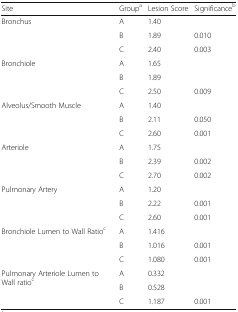
| Site | Groupa | Lesion Score | Significanceb |
 | --- | --- | --- | --- |
 | <ROWSPAN=3> Bronchus | A | 1.40 |  |
 | B | 1.89 | 0.010 |
 | C | 2.40 | 0.003 |
 | <ROWSPAN=3> Bronchiole | A | 1.65 |  |
 | B | 1.89 |  |
 | C | 2.50 | 0.009 |
 | <ROWSPAN=3> Alveolus/Smooth Muscle | A | 1.40 |  |
 | B | 2.11 | 0.050 |
 | C | 2.60 | 0.001 |
 | <ROWSPAN=3> Arteriole | A | 1.75 |  |
 | B | 2.39 | 0.002 |
 | C | 2.70 | 0.002 |
 | <ROWSPAN=3> Pulmonary Artery | A | 1.20 |  |
 | B | 2.22 | 0.001 |
 | C | 2.60 | 0.001 |
 | <ROWSPAN=3> Bronchiole Lumen to Wall Ratioc | A | 1.416 |  |
 | B | 1.016 | 0.001 |
 | C | 1.080 | 0.001 |
 | <ROWSPAN=3> Pulmonary Arteriole Lumen to Wall ratioc | A | 0.332 |  |
 | B | 0.528 |  |
 | C | 1.187 | 0.001 |